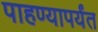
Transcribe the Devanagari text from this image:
पाहण्यापर्यंत